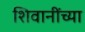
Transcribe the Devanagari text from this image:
शिवानींच्या